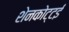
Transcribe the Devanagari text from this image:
शेनकोट्टई